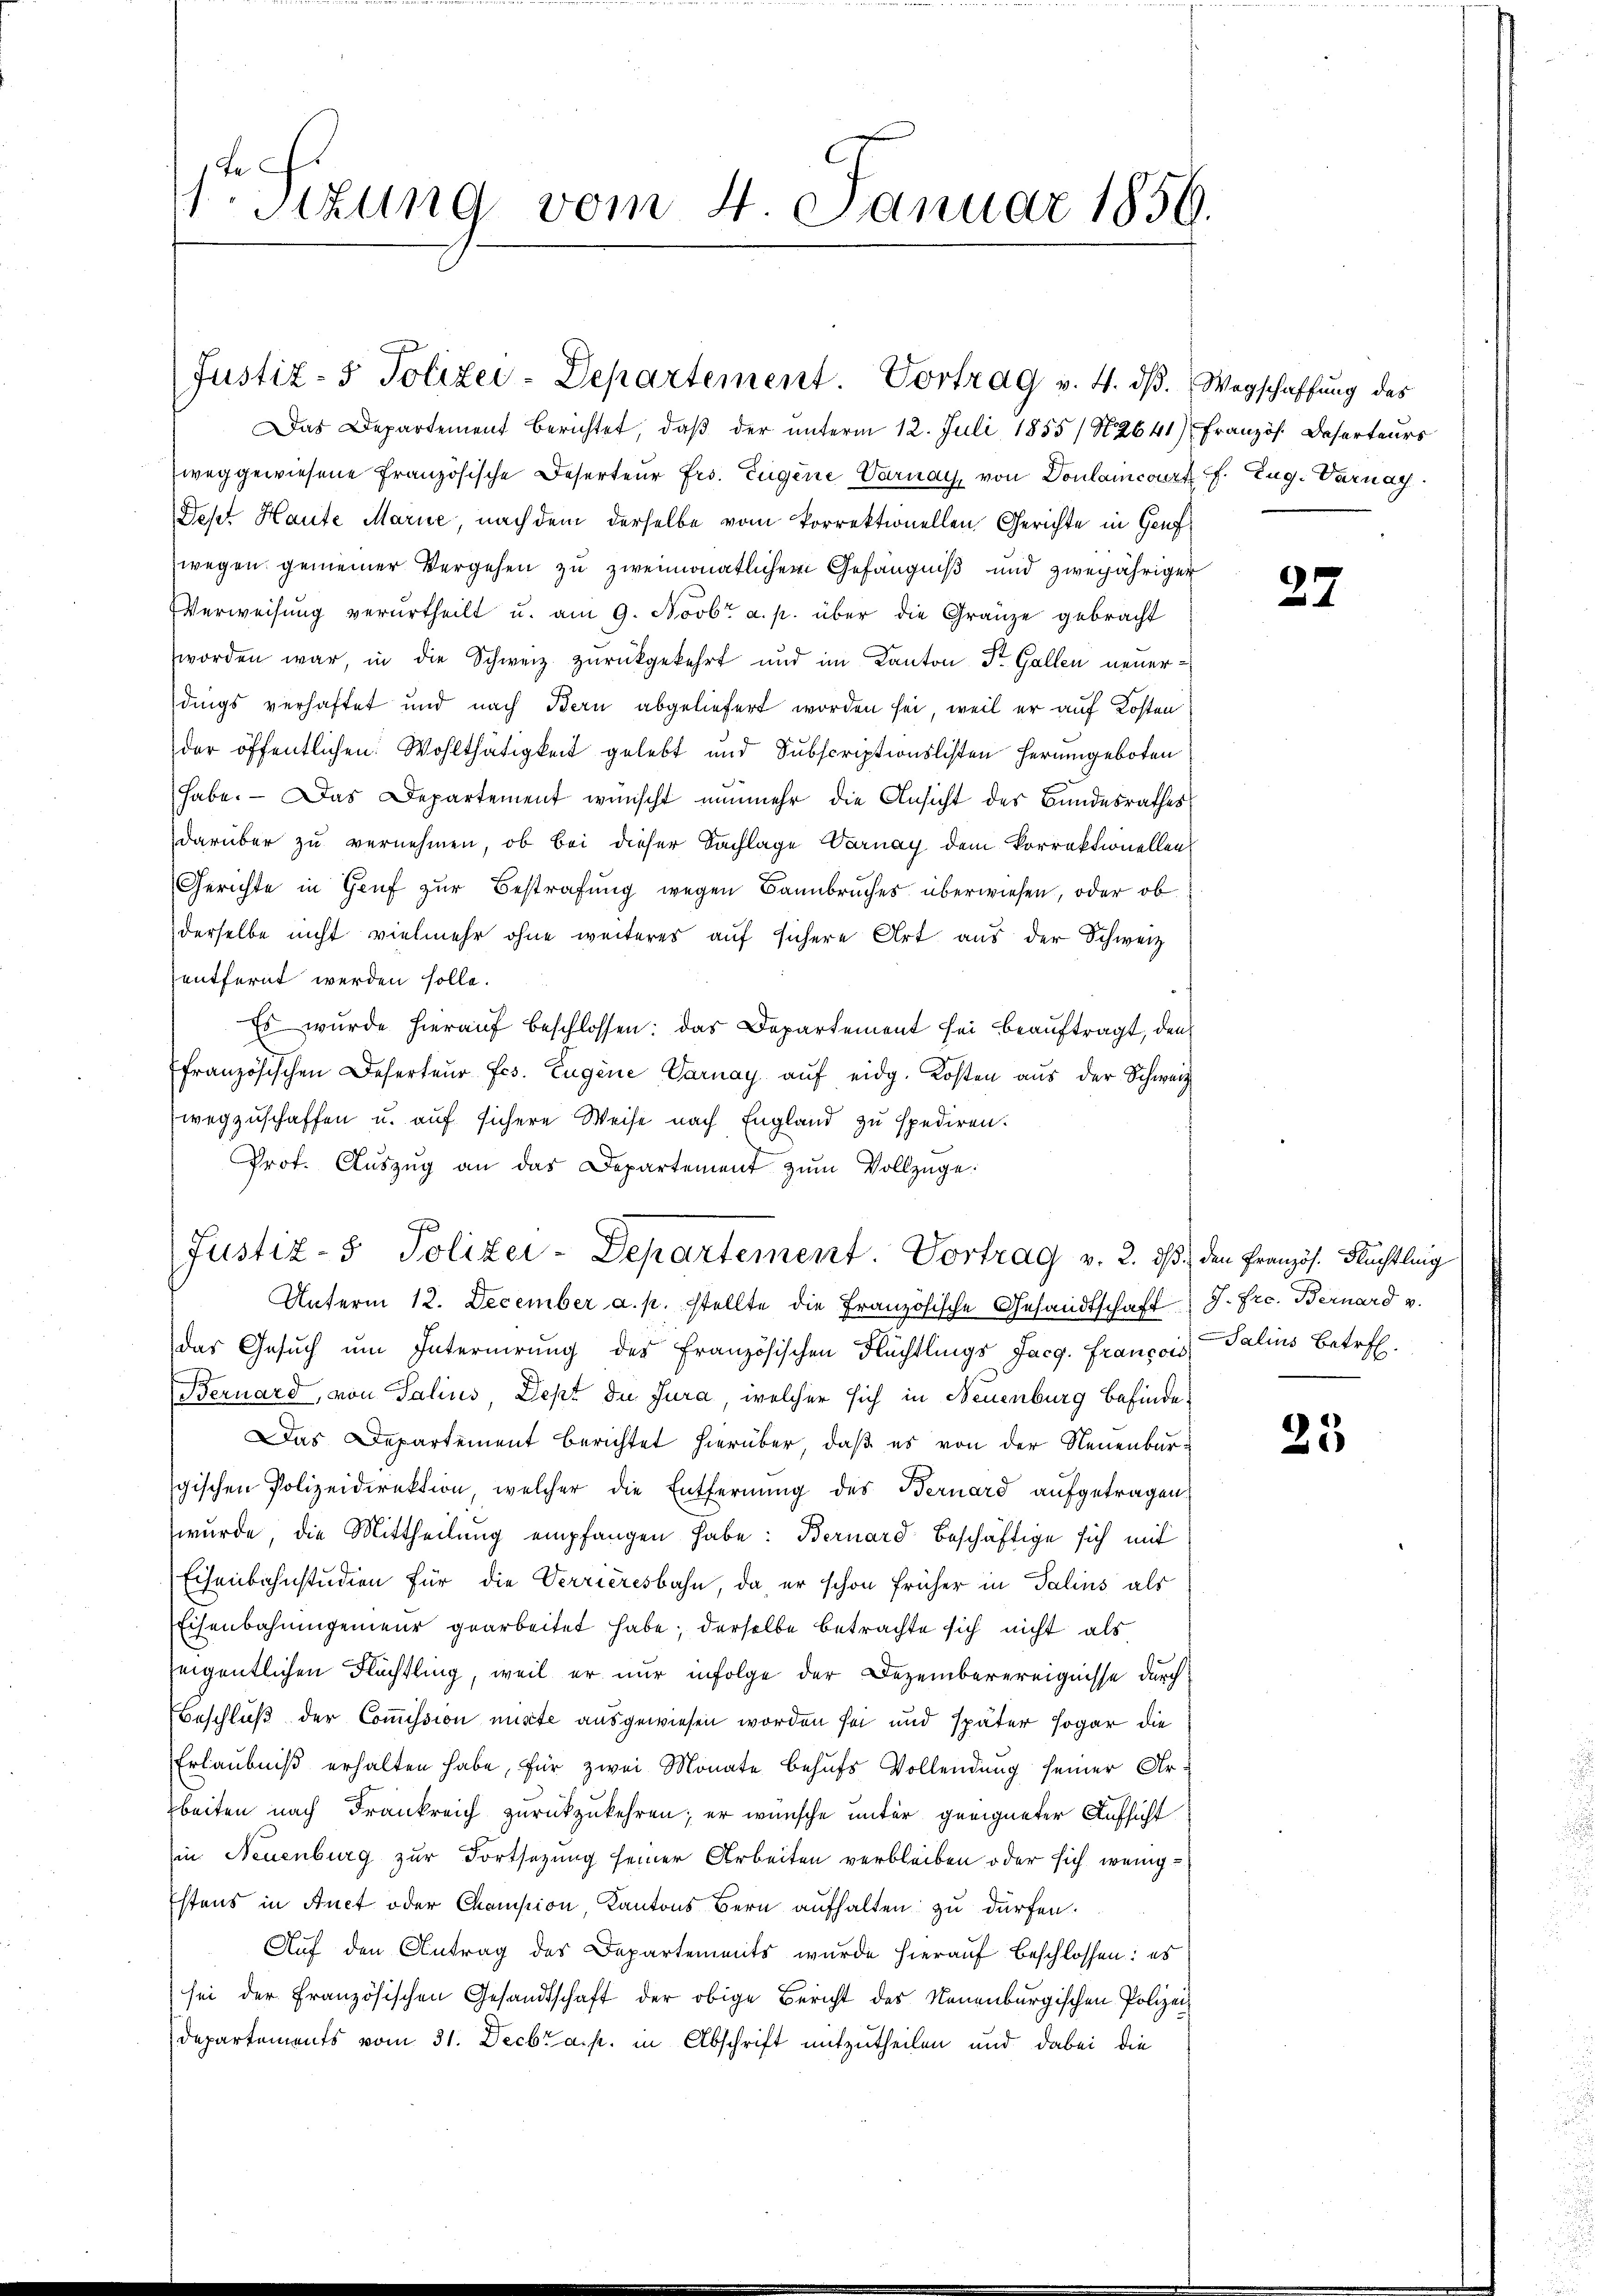
1te Sitzung vom 4. Januar 1856.

Justiz- & Polizei-Departement. Vortrag v. 4. dβ.  Wegschaffŭng des
Das Departement berichtet, daß der unterm 12. Juli 1855/ N2641) Französ. Deserteurs

e

weggewiesene Französische Deserteur Frs. Eugene Varnay, von Donlamcourt s. Zug. Darnay
Sept Haute Marie, nach dem derselbe vom korrektionellen Gerichte in Genf
wegen gemeiner Vergehen zu zweimonatlichem Gefängniß und zweijähriger
Verweisung verurtheilt u. am 9. Novbr. a. p. über die Gränze gebracht
worden war, in die Schweiz zurückgekehrt und im Kanton Dr. Gallen neuerdings verhaftet und nach Bern abgeliefert worden sei, weil er auf Kosten
der öffentlichen Wohlthätigkeit gelebt und Subscriptionslisten herumgeboten
habe. - Das Departement wünscht nunmehr die Ansicht des Bundesrathes
darüber zu vernehmen, ob bei dieser Sachlage Varnay dem Vorrektionellen
Gerichte in Genf zur Bestrafung wegen Bannbruches überwiesen, oder ob
derselbe nicht vielmehr ohne weiteres auf sichere Art aus der Schweiz
entfernt werden solle.
Es wurde hierauf beschlossen: das Departement sei beauftragt, den
ffranzösischen Deserteur fes. Eugene Varnay aŭf eidg. Kosten aus der Schweiz
wegzuschaffen u. auf sichere Weise nach England zu spediren.
Prof. Aŭszŭg an das Departement zŭm Vollzüge.
Unterm 12. December a. p. stellte die Französische Gesandtschaft J. Fre. Bernard v.
das Gesuch um Internirung des Französischen Flüchtlings Jacg. François Salins Betreff
Bernard, von Salius, Dept du Jura, welcher sich in Neuenburg befinde¬
Das Departement berichtet hierüber, daß es von der Neuenburgischen Polizeidirektion, welcher die Entfernung des Bernard aufgetragen
wurde, die Mittheilung empfangen habe: Bernard beschäftige sich mit
Eisenbahnstudien für die Verrieresbahn, da, er schon früher in Salins als
Eisenbahningenieur gearbeitet habe; derselbe betrachte sich nicht als
eigentlichen Flüchtling, weil er nur infolge der Dezemberereignisse durch
Beschluß der Commission mitte ausgewiesen worden sei und später sogar die
Erlaubniß erhalten habe, für zwei Monate behufs Vollendung seiner Arbeiten nach Frankreich zurückzukehren; er wünsche unter geeigneter Aufsicht
in Neuenburg zur Fortsezung seiner Arbeiten verbleiben oder sich wenig¬
Estens in Auct oder Comission, Kantons Bern aufhalten zu dürfen.
Auf den Antrag des Departements wurde hierauf Beschlossen: es
sei der Französischen Gesandtschaft der obige Bericht des Neuenburgischen Polizei¬
Departements vom 31. Decbr a. p. in Abschrift mitzutheilen und dabei die

Justiz- & Polizei-Departement. Vortrag v. 2. ds. den Französ. Flüchtling

27

23